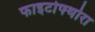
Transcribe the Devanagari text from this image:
फाइटोफ्थोरा